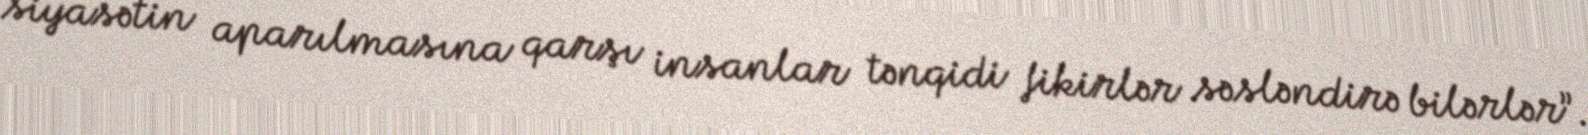
siyasətin aparılmasına qarşı insanlar tənqidi fikirlər səsləndirə bilərlər”.